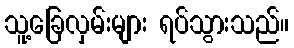
သူ့ခြေလှမ်းများ ရပ်သွားသည်။